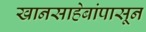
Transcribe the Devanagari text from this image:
खानसाहेबांपासून